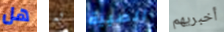
هل به الصبية أخبريهم